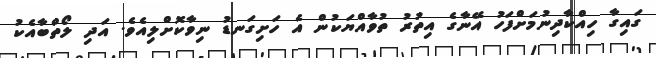
ގައިގާ ހިއްކާދިނުމަށްފަހު އޭނާގެ އިތުރު ތުވާއްޔަކުން އެ ހަށިގަނޑު ނިވާކޮށްލިއެވެ. އަދި ލޯތްބާއެކު